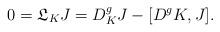
LaTeX: \begin{align*}0=\mathfrak{L}_K J = D_{K}^gJ - [D^gK,J].\end{align*}